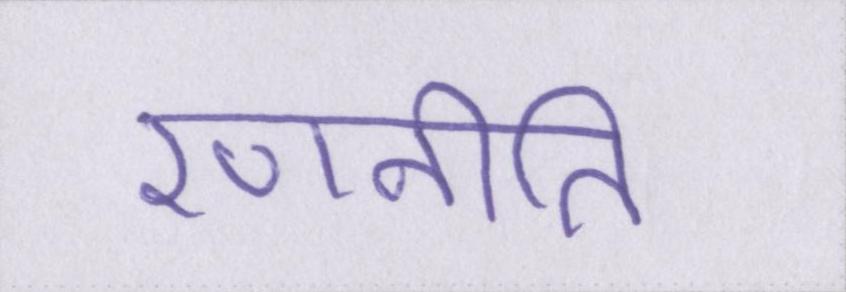
रणनीति